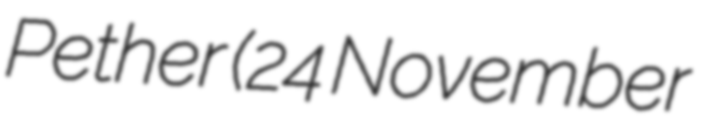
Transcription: Pether (24 November